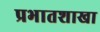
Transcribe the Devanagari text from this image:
प्रभातशाखा